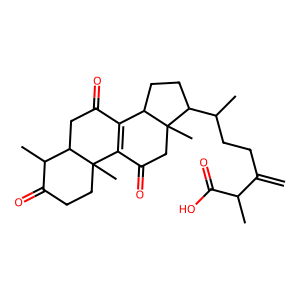
SMILES: C=C(CCC(C)C1CCC2C3=C(C(=O)CC21C)C1(C)CCC(=O)C(C)C1CC3=O)C(C)C(=O)O
Inhibits HIV replication: No